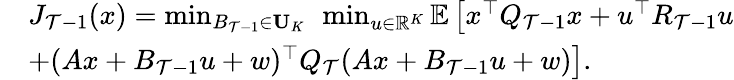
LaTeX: \begin{array}{rl}&{J_{\mathcal{T}-1}(x)=\operatorname*{min}_{B_{\mathcal{T}-1}\in\mathbf{U}_{K}}~\operatorname*{min}_{u\in\mathbb{R}^{K}}\mathbb{E}\left[x^{\top}Q_{\mathcal{T}-1}x+u^{\top}R_{\mathcal{T}-1}u\right.}\\ &{\left.+(Ax+B_{\mathcal{T}-1}u+w)^{\top}Q_{\mathcal{T}}(Ax+B_{\mathcal{T}-1}u+w)\right].}\end{array}